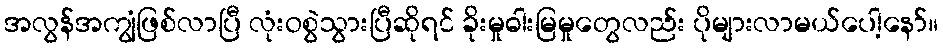
အလွန်အကျွံဖြစ်လာပြီ လုံးဝစွဲသွားပြီဆိုရင် ခိုးမှုဓါးမြမှုတွေလည်း ပိုများလာမယ်ပေါ့နော်။